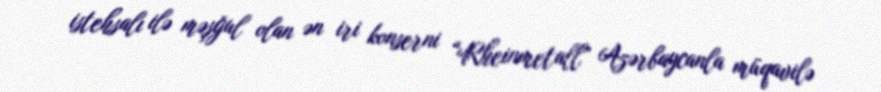
istehsalı ilə məşğul olan ən iri konserni “Rheinmetall” Azərbaycanla müqavilə